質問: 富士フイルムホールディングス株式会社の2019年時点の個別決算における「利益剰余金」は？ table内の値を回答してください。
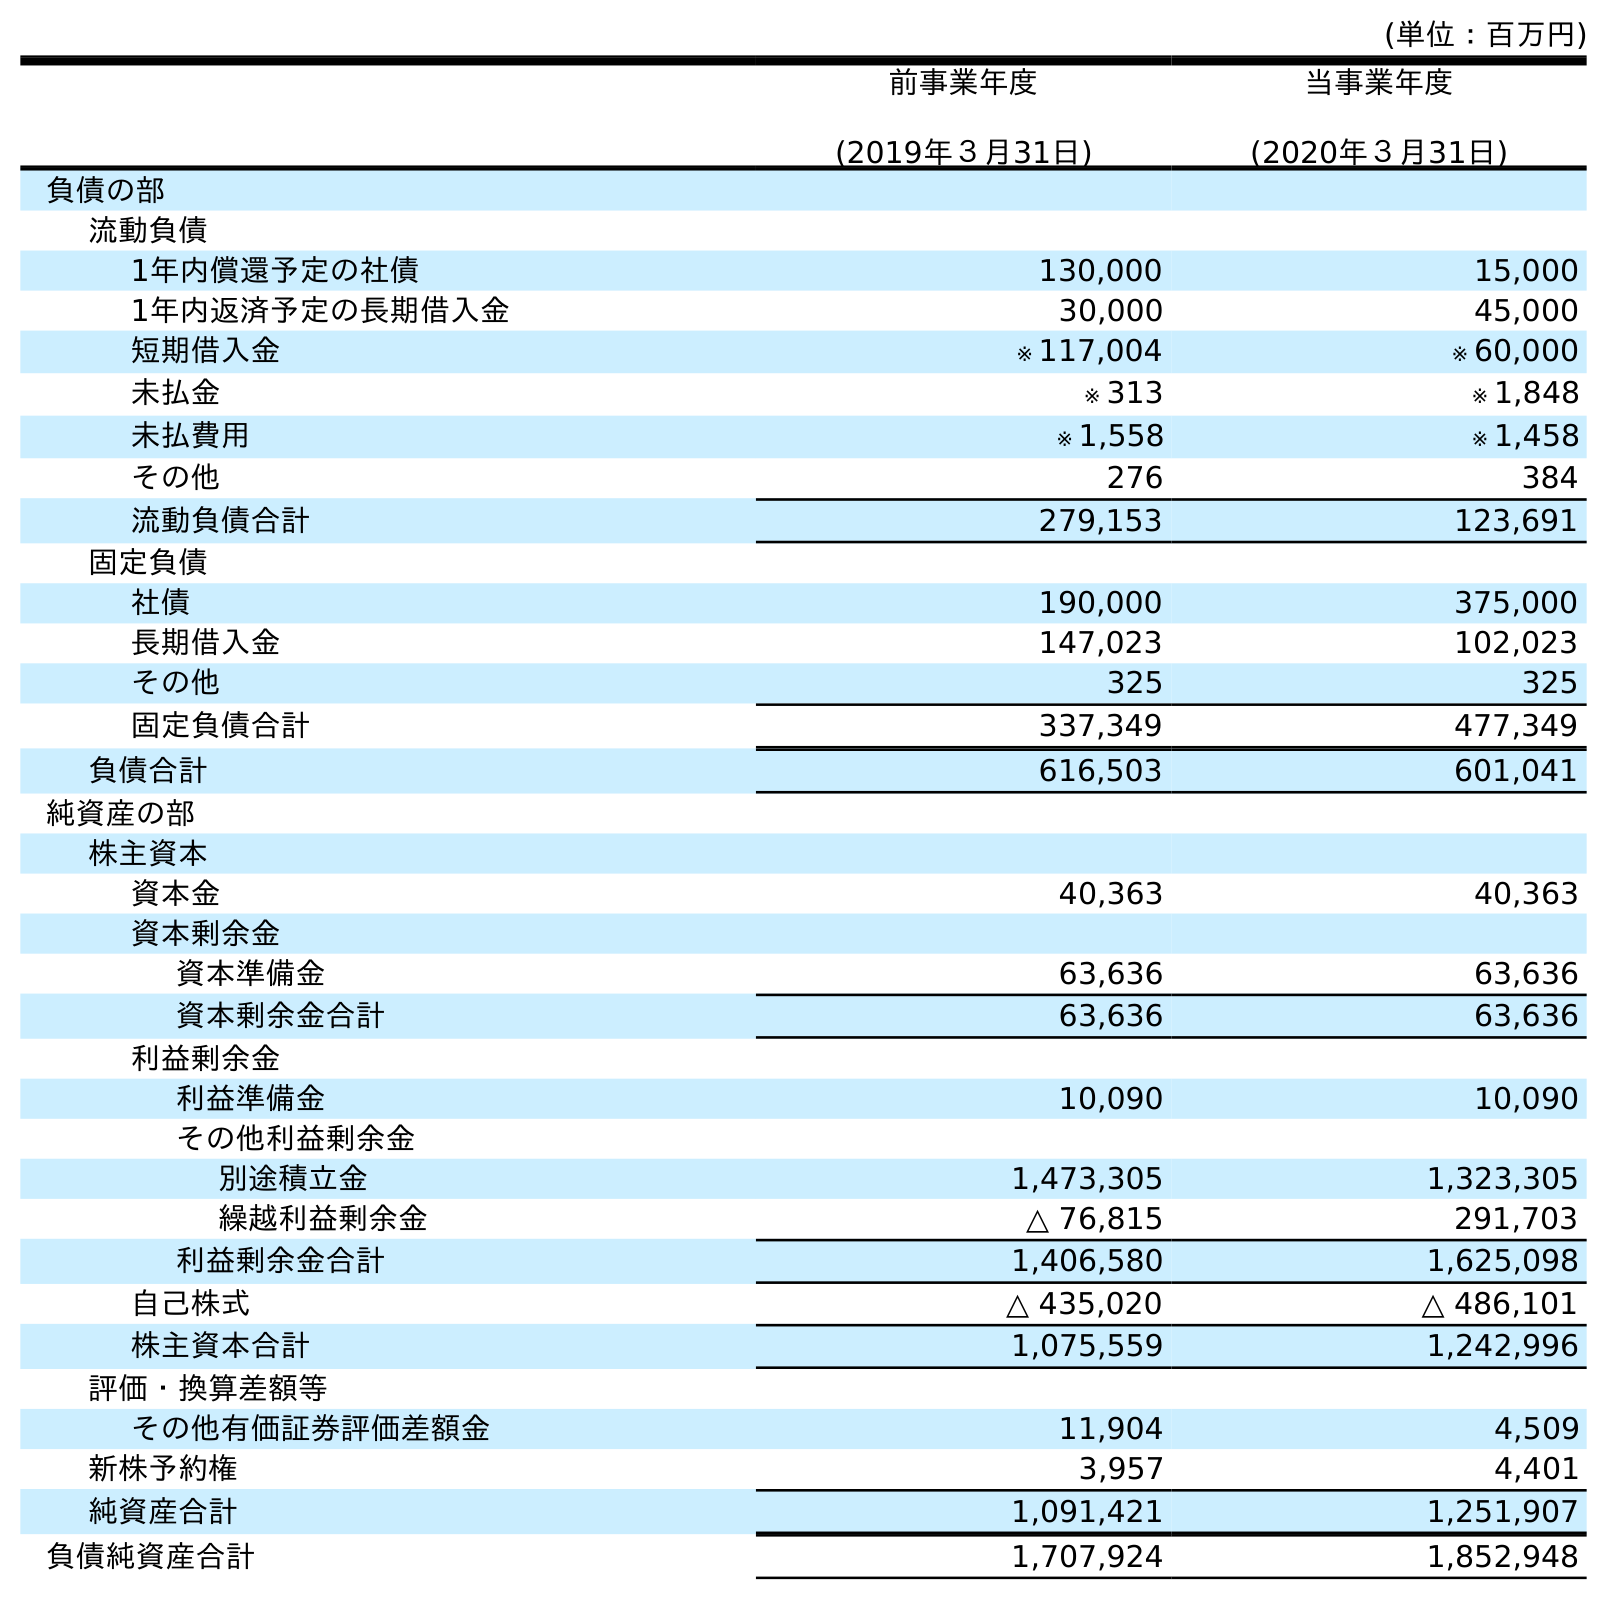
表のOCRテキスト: (単位：百万円) 前事業年度 (2019年３月31日) 当事業年度 (2020年３月31日) 負債の部 流動負債 1年内償還予定の社債 130,000 15,000 1年内返済予定の長期借入金 30,000 45,000 短期借入金 ※ 117,004 ※ 60,000 未払金 ※ 313 ※ 1,848 未払費用 ※ 1,558 ※ 1,458 その他 276 384 流動負債合計 279,153 123,691 固定負債 社債 190,000 375,000 長期借入金 147,023 102,023 その他 325 325 固定負債合計 337,349 477,349 負債合計 616,503 601,041 純資産の部 株主資本 資本金 40,363 40,363 資本剰余金 資本準備金 63,636 63,636 資本剰余金合計 63,636 63,636 利益剰余金 利益準備金 10,090 10,090 その他利益剰余金 別途積立金 1,473,305 1,323,305 繰越利益剰余金 △ 76,815 291,703 利益剰余金合計 1,406,580 1,625,098 自己株式 △ 435,020 △ 486,101 株主資本合計 1,075,559 1,242,996 評価・換算差額等 その他有価証券評価差額金 11,904 4,509 新株予約権 3,957 4,401 純資産合計 1,091,421 1,251,907 負債純資産合計 1,707,924 1,852,948
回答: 1,406,580